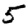
Digit: 5